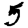
Digit: 5